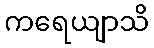
ကရေယျာသိ